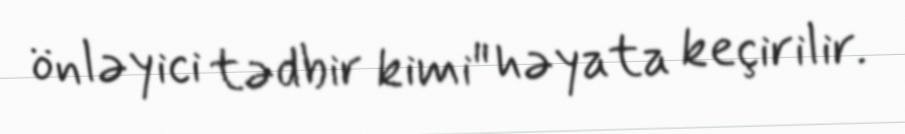
önləyici tədbir kimi" həyata keçirilir.